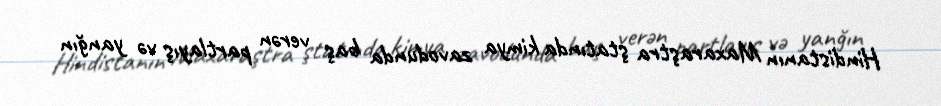
Hindistanın Maxaraştra ştatında kimya zavodunda baş verən partlayış və yanğın